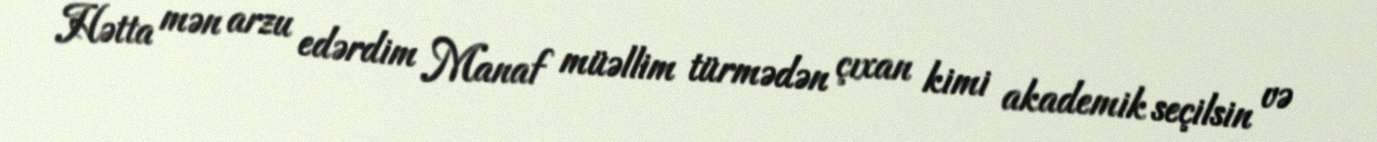
Hətta mən arzu edərdim Manaf müəllim türmədən çıxan kimi akademik seçilsin və